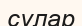
сулар